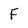
Character: F